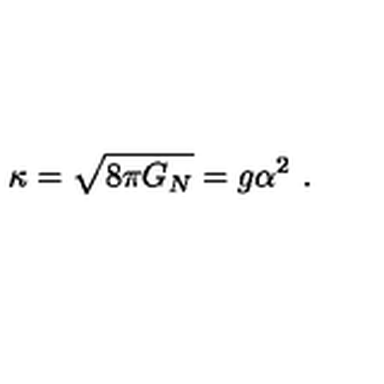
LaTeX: \kappa = \sqrt { 8 \pi G _ { N } } = g \alpha ^ { 2 } \ .